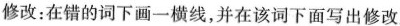
修改：在错的词下画一横线，并在该词下面写出修改